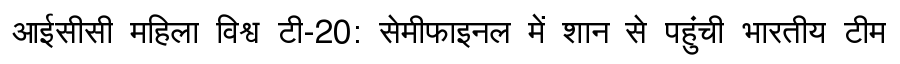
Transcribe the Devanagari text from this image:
आईसीसी महिला विश्व टी-20: सेमीफाइनल में शान से पहुंची भारतीय टीम